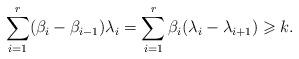
LaTeX: \begin{align*}\sum_{i=1}^r (\beta_i-\beta_{i-1}) \lambda_i=\sum_{i=1}^r \beta_i (\lambda_i-\lambda_{i+1}) \geqslant k.\end{align*}